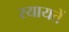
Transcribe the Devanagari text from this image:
रयायतें